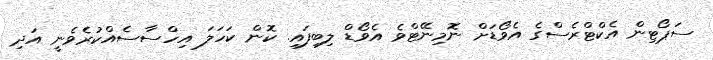
ސަޕޯޓިން އެކްޓްރެސްގެ އެވޯޑަށް ނޮމިނޭޓްވެ އެވޯޑް ލިބިފައި. ކޮން ކަހަލަ އިހްސާސެއްކުރެވެނީ އަދި